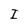
Character: I